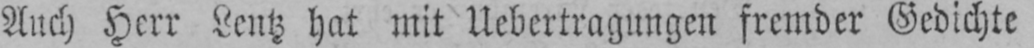
Auch Herr Lentz hat mit Uebertragungen fremder Gedichte